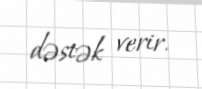
dəstək verir.